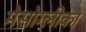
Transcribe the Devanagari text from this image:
मेसोग्लीका